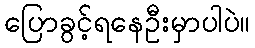
ပြောခွင့်ရနေဦးမှာပါပဲ။